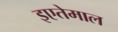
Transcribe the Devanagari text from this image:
इएतेमाल